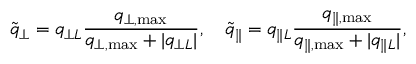
\widetilde { q } _ { \perp } = q _ { \perp { L } } \frac { q _ { \perp , \mathrm { m a x } } } { q _ { \perp , \mathrm { m a x } } + | q _ { \perp { L } } | } , \quad \widetilde { q } _ { \| } = q _ { \| { L } } \frac { q _ { \| , \mathrm { m a x } } } { q _ { \| , \mathrm { m a x } } + | q _ { \| { L } } | } ,